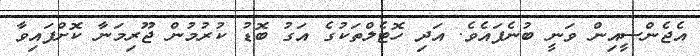
އެޖެންސީއިން ވަނީ ބުނެފައެެވެ. އަދި ހޮޓެލްތަކުގެ އަގު ބޮޑު ކުރުމުން ޖޫރިމަނާ ކޮށްފައިވާ